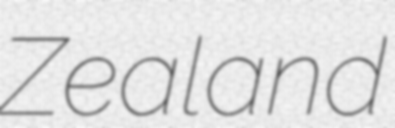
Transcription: Zealand